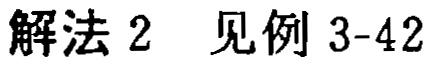
解法 2 见例 3-42